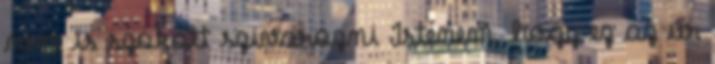
nem is szokott szivarozni Istenem, hogy ez az úr